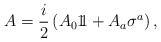
\begin{align*}A = {i \over 2} \left( A_0 1\!\! 1 +A_a \sigma^a \right) ,\end{align*}